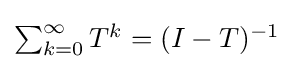
{\textstyle \sum _{k=0}^{\infty }T^{k}=(I-T)^{-1}}